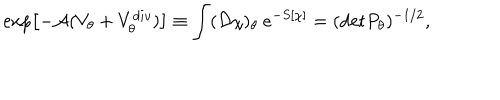
LaTeX: \exp \left[ - { \cal A } ( V _ { \theta } + V _ { \theta } ^ { d i v } ) \right] \equiv \int ( { \cal D } \chi ) _ { \theta } \ e ^ { - S [ \chi ] } = ( \mathrm { d e t } P _ { \theta } ) ^ { - 1 / 2 } ,